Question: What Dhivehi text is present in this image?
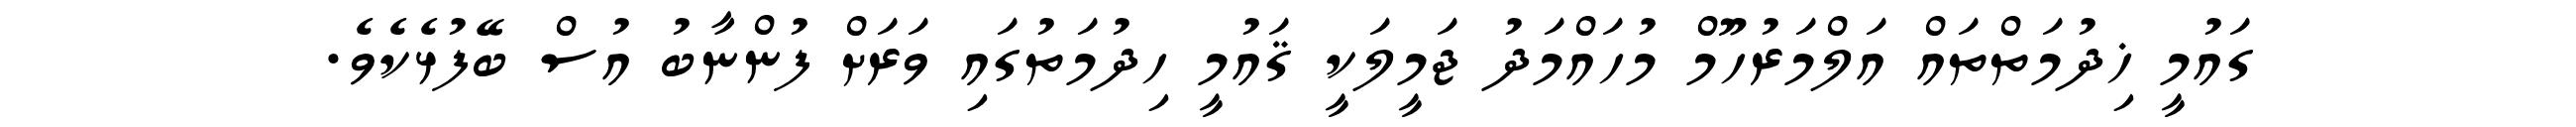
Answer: ގައުމީ ޚިދުމަތްތައް އަލްމަރުހޫމް މުހައްމަދު ޖަމީލަކީ ޤައުމީ ހިދުމަތުގައި ވަރަށް ފުންނާބު އުސް ބޭފުޅެކެވެ.